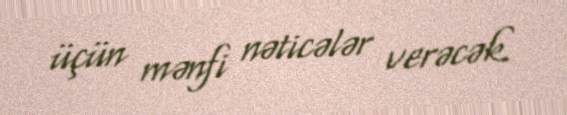
üçün mənfi nəticələr verəcək.